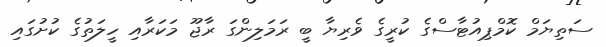
ސަތިޔަމް ކޮމްޕިއުޓާސްގެ ކުރީގެ ވެރިޔާ ބީ ރަމަލިންގަ ރާޖޫ މަކަރާއި ހީލަތުގެ ކުށުގައި